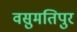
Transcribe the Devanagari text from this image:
वसुमतिपुर